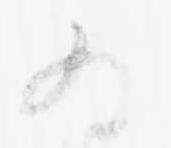
為